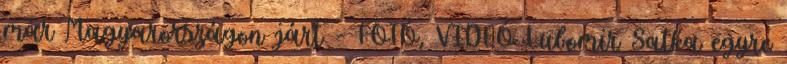
már Magyarországon járt – FOTÓ, VIDEÓ Lubomir Satka egyre